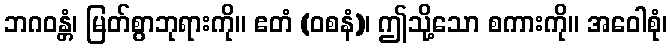
ဘဂဝန္တံ၊ မြတ်စွာဘုရားကို။ ဧတံ (ဝစနံ)၊ ဤသို့သော စကားကို။ အဝေါစုံ၊